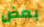
بعض